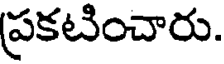
ప్రకటించారు.